On the importance of larval characters in the classification of mosquitoes - Number 25
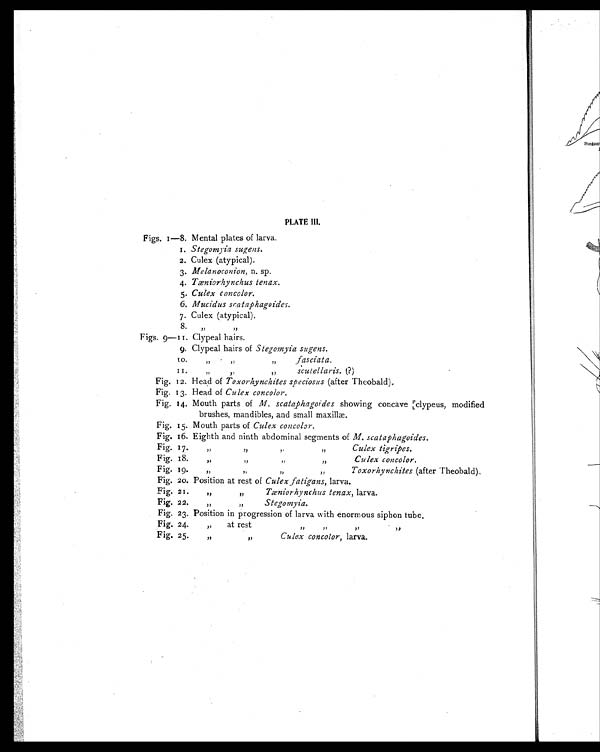
PLATE III.
Figs. 1—8. Mental plates of larva.
.
1. Stegomyia sugens.
2. Culex (atypical).
3. Melanoconion, n. sp.
4. Tæniorhynchus tenax.
5. Culex concolor.
6. Mucidus scataphagoides.
7. Culex (atypical).
8.
„ „
Figs. 9-11. Clypeal hairs.
9. Clypeal hairs of Stegomyia sugens.
10.„ „ „ fasciata.
11. „ „ „
scutellaris. (?)
Fig. 12. Head of Toxorhynchites speciosus (after Theobald).
Fig. 13. Head of Cu lex concolor.
Fig. 14. Mouth parts of M. scataphagoides showing concave clypeus, modified
brushes, mandibles, and small maxillæ.
Fig. 15. Mouth parts of Culex concolor.
Fig. 16. Eighth and ninth abdominal segments of M. scataphagoides.
Fig. 17. „ „ „ „
Culex tigripes.
Fig. 18. „ „ „ „ Culex concolor.
Fig. 19 . „ „ „ „
Toxorhynchites (after Theobald)
.
Fig. 20. Position at rest of Culex fatigans, larva.
Fig. 21. „ „ Tæniorhynchus tenax, larva.
Fig. 22. „ „
Stegomyia.
Fig. 23. Position in progression of larva with enormous siphon tube.
Fig. 24. „ at rest
„ „ „ „
Fig. 25. „ „ Culex concolor, larva.